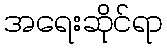
အရေးဆိုင်ရာ